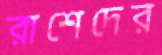
রাশেদের